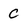
Character: C